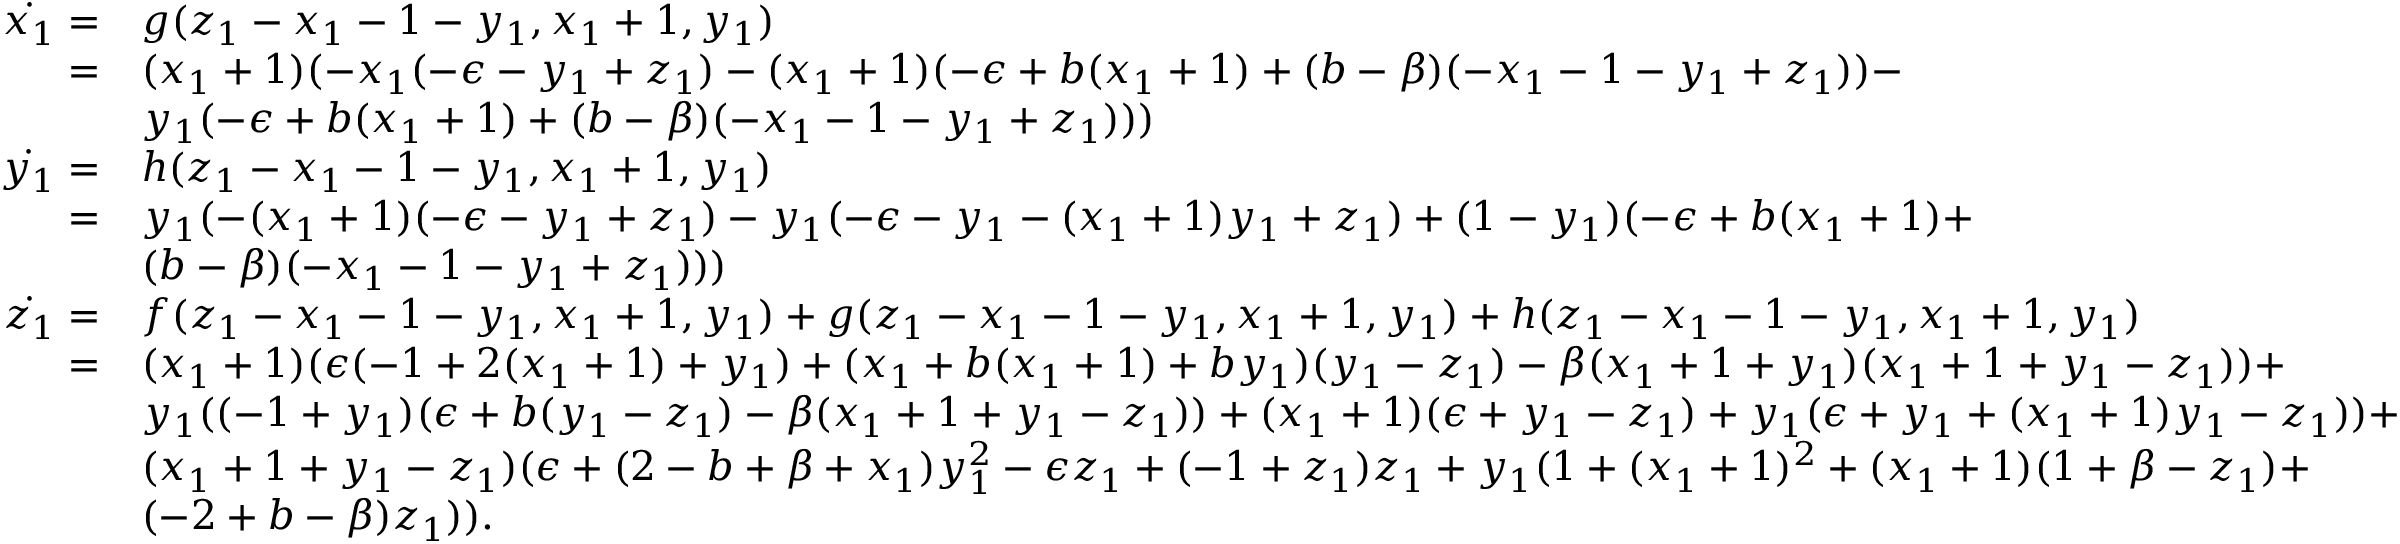
\begin{array} { r l } { \dot { x _ { 1 } } = } & { g ( z _ { 1 } - x _ { 1 } - 1 - y _ { 1 } , x _ { 1 } + 1 , y _ { 1 } ) } \\ { = } & { ( x _ { 1 } + 1 ) ( - x _ { 1 } ( - \epsilon - y _ { 1 } + z _ { 1 } ) - ( x _ { 1 } + 1 ) ( - \epsilon + b ( x _ { 1 } + 1 ) + ( b - \beta ) ( - x _ { 1 } - 1 - y _ { 1 } + z _ { 1 } ) ) - } \\ & { y _ { 1 } ( - \epsilon + b ( x _ { 1 } + 1 ) + ( b - \beta ) ( - x _ { 1 } - 1 - y _ { 1 } + z _ { 1 } ) ) ) } \\ { \dot { y _ { 1 } } = } & { h ( z _ { 1 } - x _ { 1 } - 1 - y _ { 1 } , x _ { 1 } + 1 , y _ { 1 } ) } \\ { = } & { y _ { 1 } ( - ( x _ { 1 } + 1 ) ( - \epsilon - y _ { 1 } + z _ { 1 } ) - y _ { 1 } ( - \epsilon - y _ { 1 } - ( x _ { 1 } + 1 ) y _ { 1 } + z _ { 1 } ) + ( 1 - y _ { 1 } ) ( - \epsilon + b ( x _ { 1 } + 1 ) + } \\ & { ( b - \beta ) ( - x _ { 1 } - 1 - y _ { 1 } + z _ { 1 } ) ) ) } \\ { \dot { z _ { 1 } } = } & { f ( z _ { 1 } - x _ { 1 } - 1 - y _ { 1 } , x _ { 1 } + 1 , y _ { 1 } ) + g ( z _ { 1 } - x _ { 1 } - 1 - y _ { 1 } , x _ { 1 } + 1 , y _ { 1 } ) + h ( z _ { 1 } - x _ { 1 } - 1 - y _ { 1 } , x _ { 1 } + 1 , y _ { 1 } ) } \\ { = } & { ( x _ { 1 } + 1 ) ( \epsilon ( - 1 + 2 ( x _ { 1 } + 1 ) + y _ { 1 } ) + ( x _ { 1 } + b ( x _ { 1 } + 1 ) + b y _ { 1 } ) ( y _ { 1 } - z _ { 1 } ) - \beta ( x _ { 1 } + 1 + y _ { 1 } ) ( x _ { 1 } + 1 + y _ { 1 } - z _ { 1 } ) ) + } \\ & { y _ { 1 } ( ( - 1 + y _ { 1 } ) ( \epsilon + b ( y _ { 1 } - z _ { 1 } ) - \beta ( x _ { 1 } + 1 + y _ { 1 } - z _ { 1 } ) ) + ( x _ { 1 } + 1 ) ( \epsilon + y _ { 1 } - z _ { 1 } ) + y _ { 1 } ( \epsilon + y _ { 1 } + ( x _ { 1 } + 1 ) y _ { 1 } - z _ { 1 } ) ) + } \\ & { ( x _ { 1 } + 1 + y _ { 1 } - z _ { 1 } ) ( \epsilon + ( 2 - b + \beta + x _ { 1 } ) y _ { 1 } ^ { 2 } - \epsilon z _ { 1 } + ( - 1 + z _ { 1 } ) z _ { 1 } + y _ { 1 } ( 1 + ( x _ { 1 } + 1 ) ^ { 2 } + ( x _ { 1 } + 1 ) ( 1 + \beta - z _ { 1 } ) + } \\ & { ( - 2 + b - \beta ) z _ { 1 } ) ) . } \end{array}